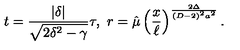
t = { \frac { | \delta | } { \sqrt { 2 \delta ^ { 2 } - \gamma } } } \tau , \ r = \hat { \mu } \left( { \frac { x } { \ell } } \right) ^ { \frac { 2 \Delta } { ( D - 2 ) ^ { 2 } a ^ { 2 } } } .